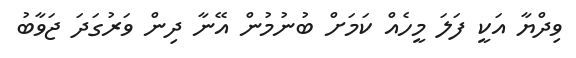
ވިދްޔާ އަކީ ފަލަ މީހެއް ކަމަށް ބުނުމުން އޭނާ ދިން ވަރުގަދަ ޖަވާބު